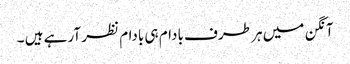
آنگن میں ہر طرف بادام ہی بادام نظر آرہے ہیں ۔